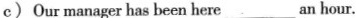
c) Our manager has been here ___ an hour.